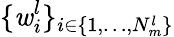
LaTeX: \{ \mathit{w}_{i}^{l}\} _{i\in\{ 1,\dots,N_{m}^{l}\} }